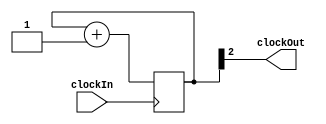
module clockDivider(	input clockIn,
							output clockOut);

	reg [3:0] counter;
	
	initial begin
		counter = 0;
	end
	
	assign clockOut = counter[2];
	
	always @(posedge clockIn) begin
		counter <= counter + 4'd1;
	end
							
endmodule